Lunatic asylums in Bengal annual reports 1899-1911 - 1899-1911
Year: 1899
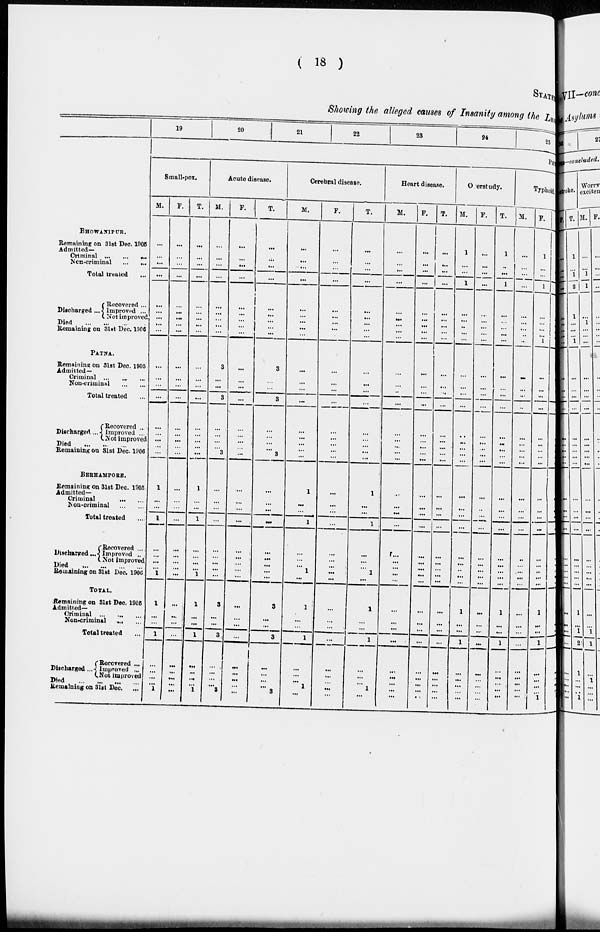
( 18 )
STATEMENT
Showing the alleged causes of Insanity among the Lun
BHOWANIPUR.
Remaining on 31st Dec. 1905
Admitted—
Criminal
...
...
...
Non-criminal
...
...
Total treated ...
Discharged ...
Recovered ...
Improved ...
Not improved
Died
...
...
...
Remaining on 31st Dec 1906
PATNA.
Remaining on 31st Dec. 1905
Admitted—
Criminal ... ... ...
Non-criminal
...
...
Total treated ...
Discharged ...
Recovered ...
Improved ...
Not improved
Died
...
...
...
Remaining on 31st Dec 1906
BERHAMPORE.
Remaining on 31st Dec. 1905
Admitted—
Criminal
...
...
Non-criminal
...
...
Total treated ...
Discharged ...
Recovered ...
Improved ...
Not improved
Died
...
...
...
...
Remaining on 31st Dec. 1906
TOTAL.
Remaining on 31st Dec. 1905
Admitted—
Criminal
...
...
...
Non-criminal ... ...
Total treated ...
Discharged ...
Recovered ...
Improved ...
Not improved
Died
...
...
...
...
Remaining on 31st Dec. ...
19
20
21
22
23
24
25
PH
Small-pox.
M.
...
...
...
...
...
...
...
...
...
...
...
...
...
...
...
...
...
...
1
...
...
1
...
...
...
...
1
1
...
...
1
...
...
...
...
1
F.
...
...
...
...
...
...
...
...
...
...
...
...
...
...
...
...
...
...
...
...
...
...
...
...
...
...
...
...
...
...
...
...
...
...
...
...
T.
...
...
...
...
...
...
...
...
...
...
...
...
...
...
...
...
...
...
1
...
...
1
...
...
...
...
1
1
...
...
1
...
...
...
...
1
Acute disease.
M.
...
...
...
...
...
...
...
...
...
3
...
...
3
...
...
...
...
3
...
...
...
...
...
...
...
...
...
3
...
...
3
...
...
...
...
3
F.
...
...
...
...
...
...
...
...
...
...
...
...
...
...
...
...
...
...
...
...
...
...
...
...
...
...
...
...
...
...
...
...
...
...
...
...
T.
...
...
...
...
...
...
...
...
...
3
...
...
3
...
...
...
...
3
...
...
...
...
...
...
...
...
...
3
...
...
3
...
...
...
...
3
Cerebral disease.
M.
...
...
...
...
...
...
...
...
...
...
...
...
...
...
...
...
...
...
1
...
...
1
...
...
...
1
...
1
...
...
1
...
...
...
1
...
F.
...
...
...
...
...
...
...
...
...
...
...
...
...
...
...
...
...
...
...
...
...
...
...
...
...
...
...
...
...
...
...
...
...
...
...
...
T.
...
...
...
...
...
...
...
...
...
...
...
...
...
...
...
...
...
...
1
...
...
1
...
...
...
1
...
1
...
...
1
...
...
...
1
...
Heart disease.
M.
...
...
...
...
...
...
...
...
...
...
...
...
...
...
...
...
...
...
...
...
...
...
...
...
...
...
...
...
...
...
...
...
...
...
...
...
F.
...
...
...
...
...
...
...
...
...
...
...
...
...
...
...
...
...
...
...
...
...
...
...
...
...
...
...
...
...
...
...
...
...
...
...
...
T.
...
...
...
...
...
...
...
...
...
...
...
...
...
...
...
...
...
...
...
...
...
...
...
...
...
...
...
...
...
...
...
...
...
...
...
...
Overstudy.
M.
1
...
...
1
...
...
...
...
...
...
...
...
...
...
...
...
...
...
...
...
...
...
...
...
...
...
...
1
...
...
1
...
...
...
...
...
F.
...
...
...
...
...
...
...
...
...
...
...
...
...
...
...
...
...
...
...
...
...
...
...
...
...
...
...
...
...
...
...
...
...
...
...
...
T.
1
...
...
1
...
...
...
...
...
...
...
...
...
...
...
...
...
...
...
...
...
...
...
...
...
...
...
1
...
...
1
...
...
...
...
...
Typhoid.
M.
...
...
...
...
...
...
...
...
...
...
...
...
...
...
...
...
...
...
...
...
...
...
...
...
...
...
...
...
...
...
...
...
...
...
...
...
F.
1
...
...
1
...
...
...
...
1
...
...
...
...
...
...
...
...
...
...
...
...
...
...
...
...
...
...
1
...
...
1
...
...
...
...
1